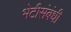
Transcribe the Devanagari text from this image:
भेटीसंबंधी